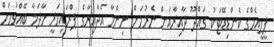
ޕީޕީއެމްގެ ކެންޑިޑޭޓަކު ގައްދޫ ދާއިރާއަށް ނެރުމަށް ނިންމާ އެދާއިރާގެ ޕްރައިމަރީ މާދަމާ ބޭއްވުމަށް